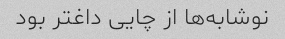
نوشابه‌ها از چایی داغتر بود